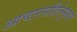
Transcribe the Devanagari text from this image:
आचारसंहितेनुसार